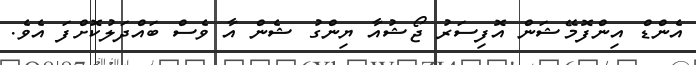
އެންޑް އިންފޮމޭޝަން އޮފިސަރު ޖޯޝުއާ ޔިންގު ޝެން އާ ވެސް ބައްދަލުކޮށްފަ އެވެ.